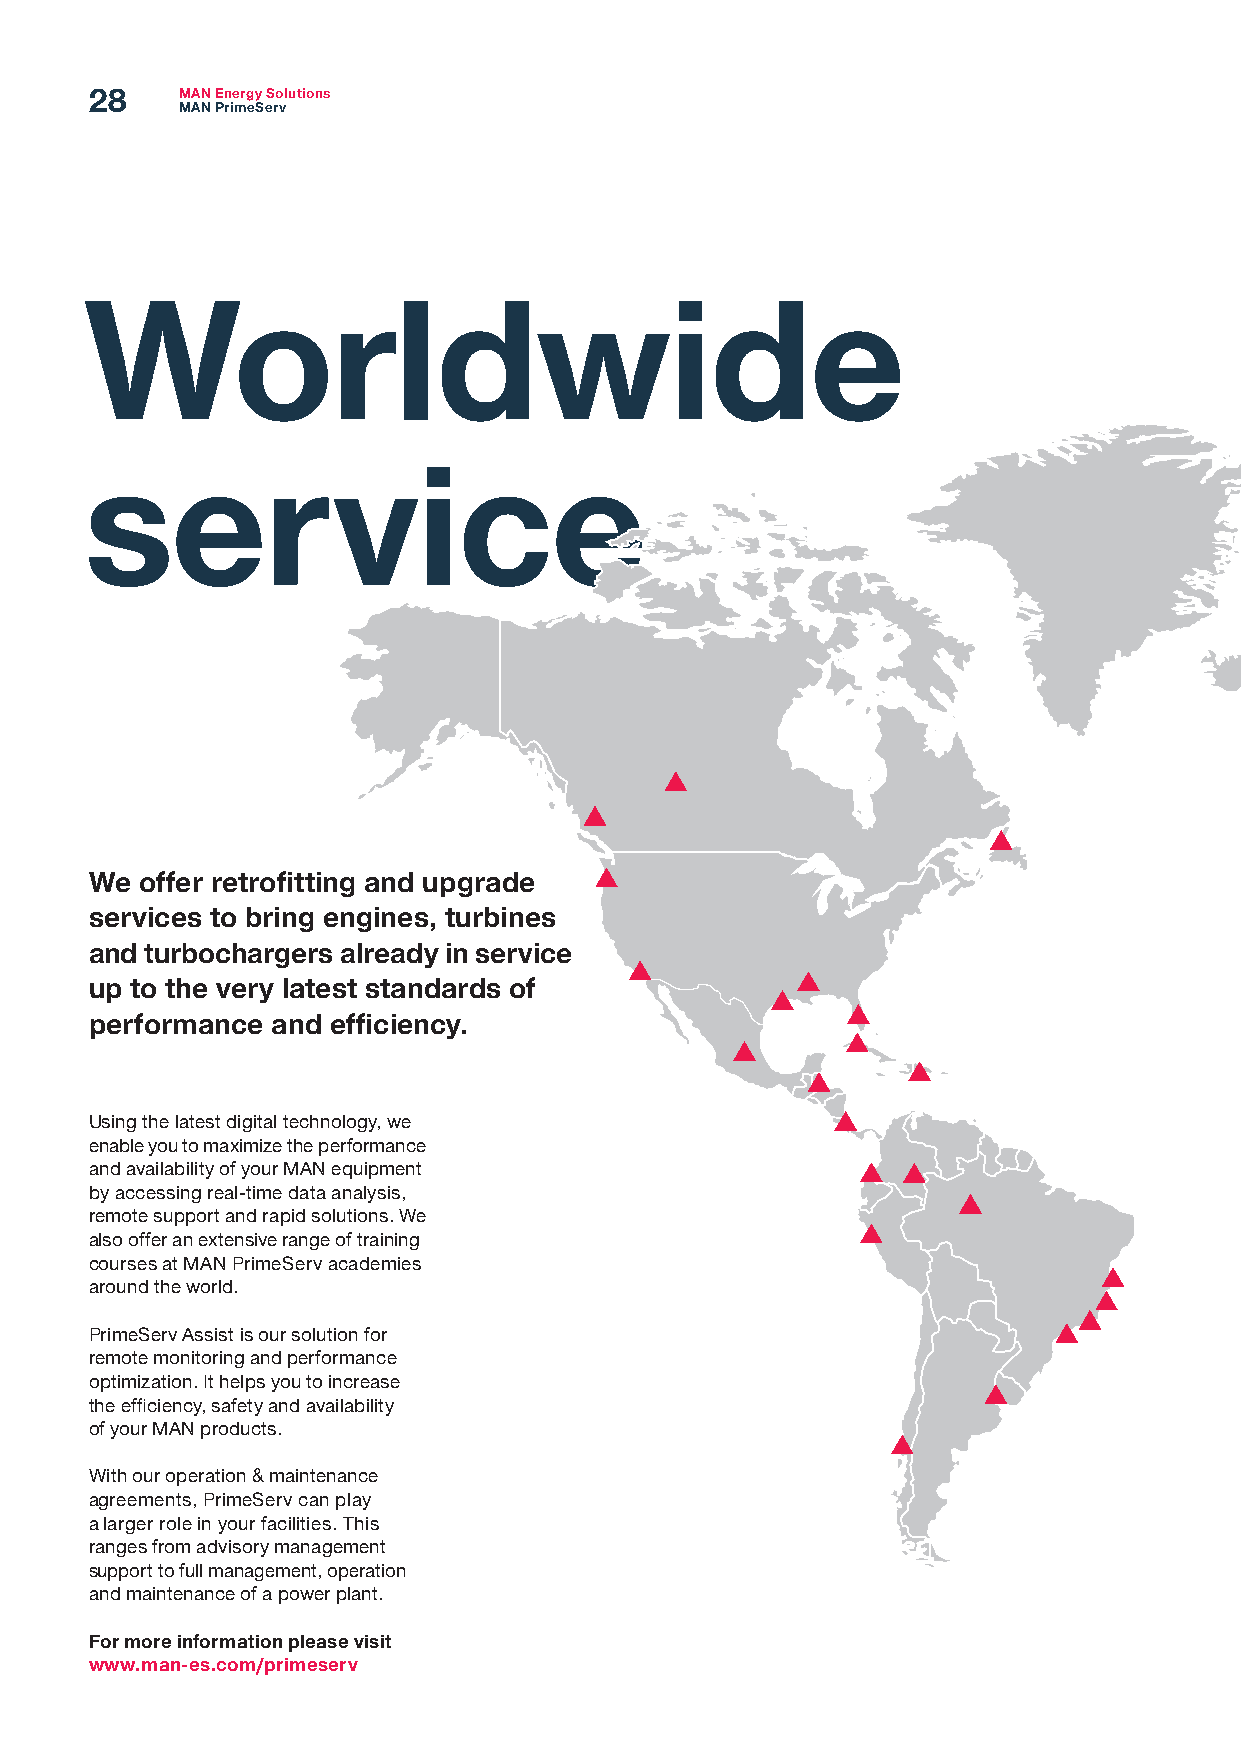
28    MAN Energy Solutions
 MAN PrimeServ
 Worldwide
 service
 We offer retrofitting and upgrade
 services to bring engines, turbines
 and turbochargers already in service
 up to the very latest standards of
 performance and efficiency.
 Using the latest digital technology, we
 enable you to maximize the performance
 and availability of your MAN equipment
 by accessing real-time data analysis,
 remote support and rapid solutions. We
 also offer an extensive range of training
 courses at MAN PrimeServ academies
 around the world.
 PrimeServ Assist is our solution for
 remote monitoring and performance
 optimization. It helps you to increase
 the efficiency, safety and availability
 of your MAN products.
 With our operation & maintenance
 agreements, PrimeServ can play
 a larger role in your facilities. This
 ranges from advisory management
 support to full management, operation
 and maintenance of a power plant.
 For more information please visit
 www.man-es.com/primeserv